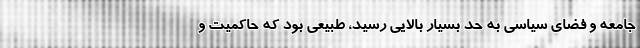
جامعه و فضای سیاسی به حد بسیار بالایی رسید، طبیعی بود که حاکمیت و